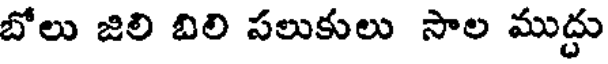
బోలు జిలి బిలి పలుకులు సాల ముద్దు